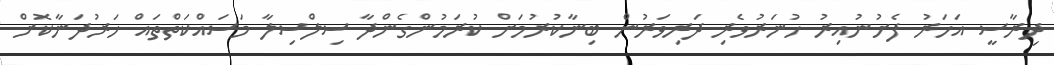
ދިރާސީ އަހަރު ފެށުނުއިރު ހުނަރުވެރި ދަރިވަރުން ބިނާކުރުމަށް ކުރަމުންގެންދާ ސިލްސިލާ މަސައްކަތްތައް ހަރުދަނާކޮށް